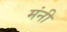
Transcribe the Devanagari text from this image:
मंनी